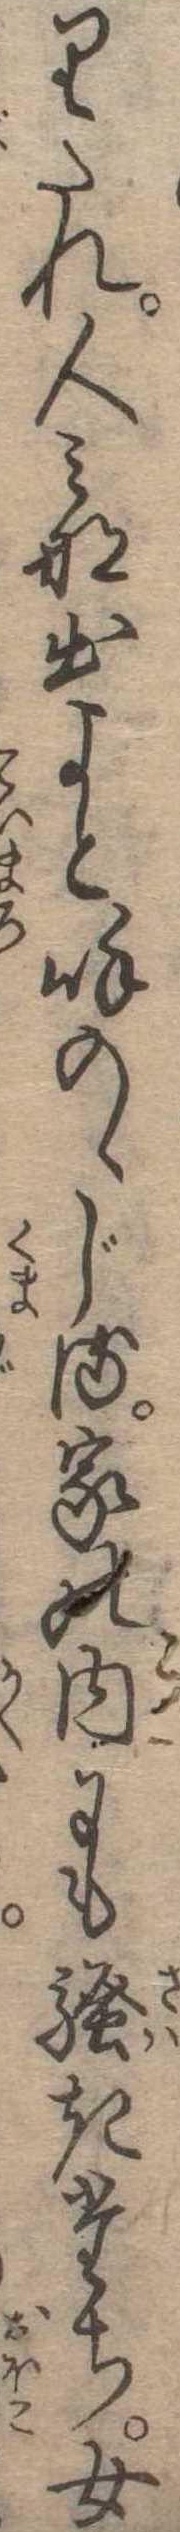
りたれ人みな出よと呼のゝじる家の内にも騒きたち女